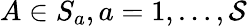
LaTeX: A\in S_{a},a=1,\ldots,\mathcal{S}